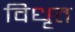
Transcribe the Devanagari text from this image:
विधृत